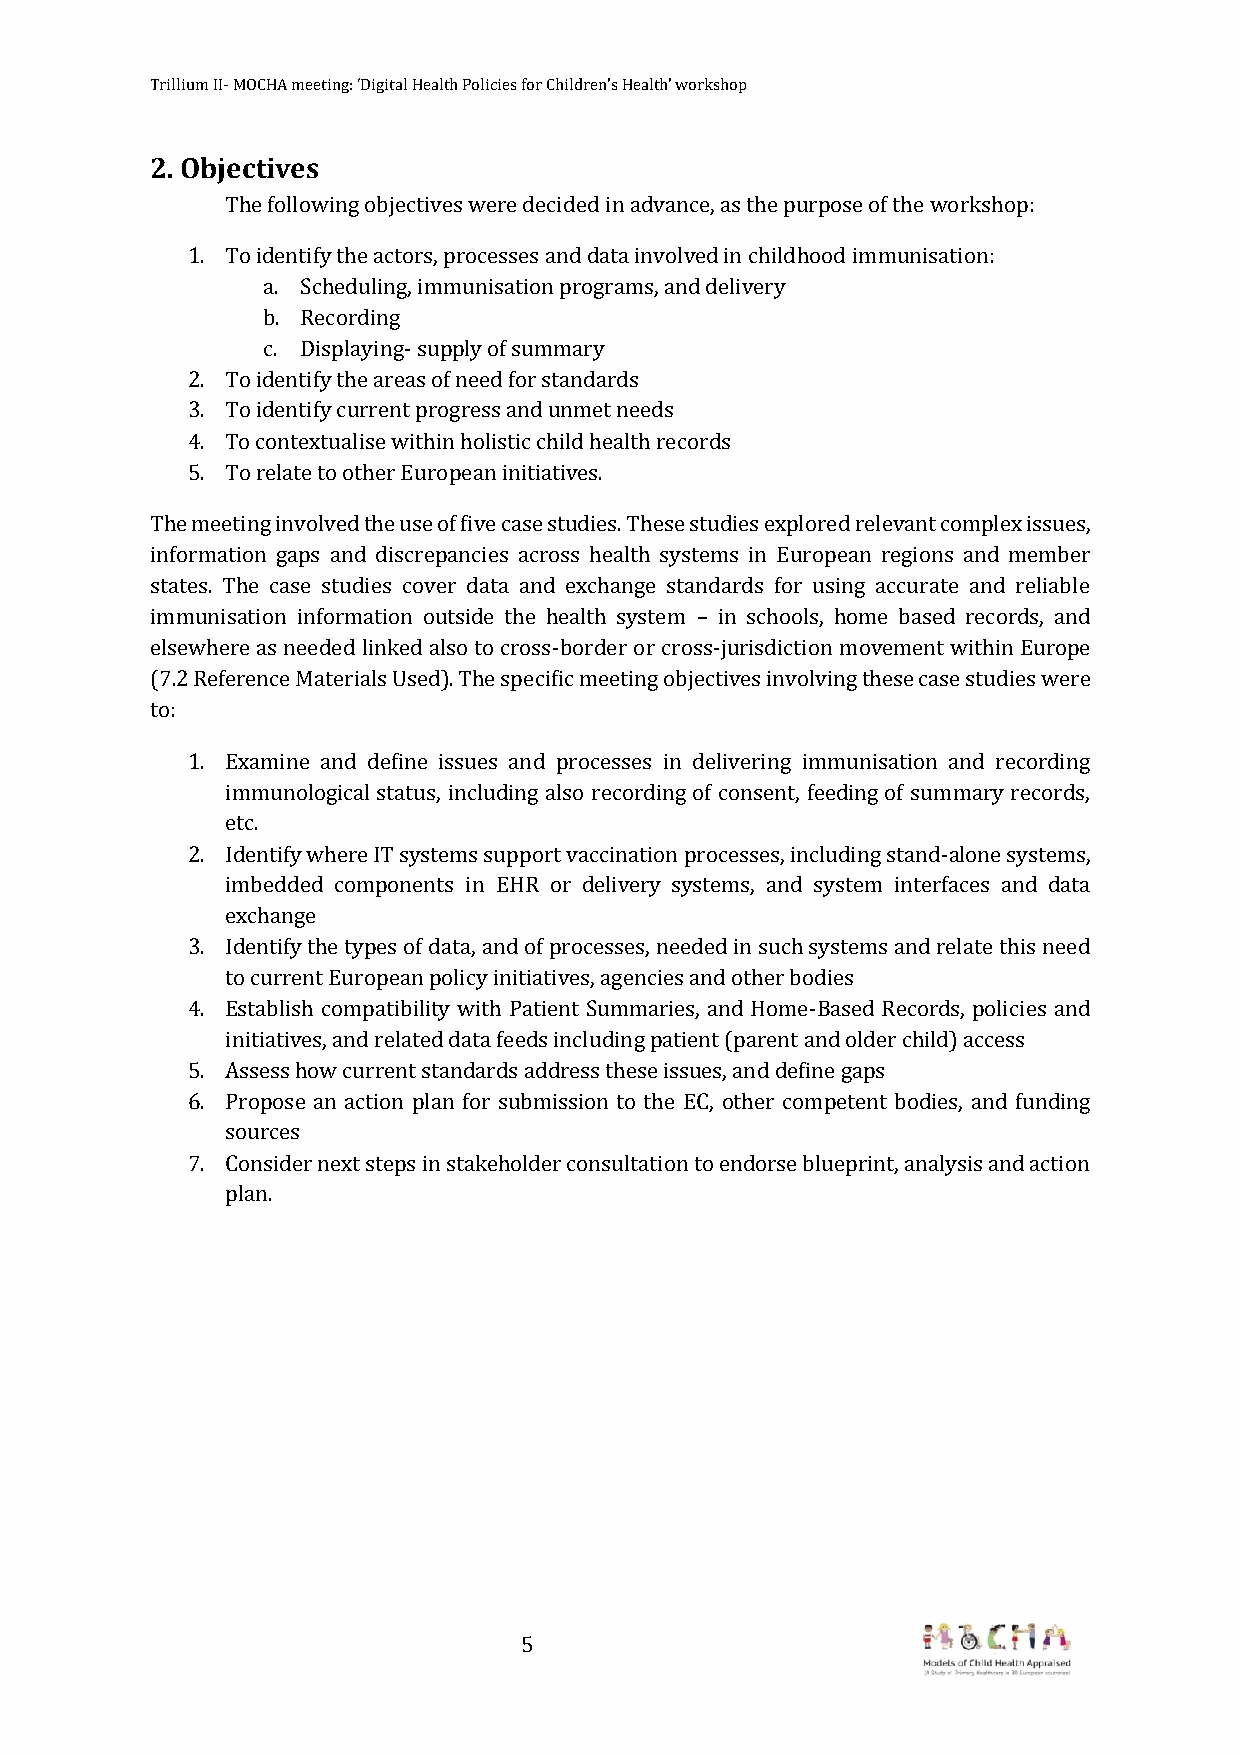
Trillium II- MOCHA meeting: ‘Digital Health Policies for Children’s Health’ workshop
 2. Objectives
 The following objectives were decided in advance, as the purpose of the workshop:
 1. To identify the actors, processes and data involved in childhood immunisation:
 a. Scheduling, immunisation programs, and delivery
 b. Recording
 c. Displaying- supply of summary
 2. To identify the areas of need for standards
 3. To identify current progress and unmet needs
 4. To contextualise within holistic child health records
 5. To relate to other European initiatives.
 The meeting involved the use of five case studies. These studies explored relevant complex issues,
 information gaps and discrepancies across health systems in European regions and member
 states. The case studies cover data and exchange standards for using accurate and reliable
 immunisation information outside the health system – in schools, home based records, and
 elsewhere as needed linked also to cross-border or cross-jurisdiction movement within Europe
 (7.2 Reference Materials Used). The specific meeting objectives involving these case studies were
 to:
 1. Examine and define issues and processes in delivering immunisation and recording
 immunological status, including also recording of consent, feeding of summary records,
 etc.
 2. Identify where IT systems support vaccination processes, including stand-alone systems,
 imbedded components in EHR or delivery systems, and system interfaces and data
 exchange
 3. Identify the types of data, and of processes, needed in such systems and relate this need
 to current European policy initiatives, agencies and other bodies
 4. Establish compatibility with Patient Summaries, and Home-Based Records, policies and
 initiatives, and related data feeds including patient (parent and older child) access
 5. Assess how current standards address these issues, and define gaps
 6. Propose an action plan for submission to the EC, other competent bodies, and funding
 sources
 7. Consider next steps in stakeholder consultation to endorse blueprint, analysis and action
 plan.
 5